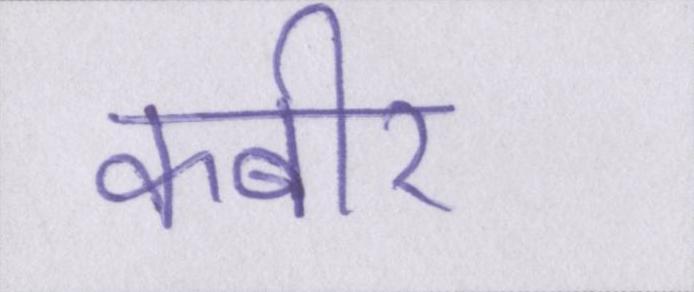
कबीर